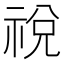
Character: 祱